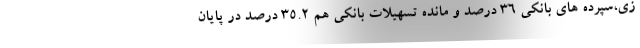
زی،سپرده های بانکی ۳۶ درصد و مانده تسهیلات بانکی هم 35.2 درصد در پایان